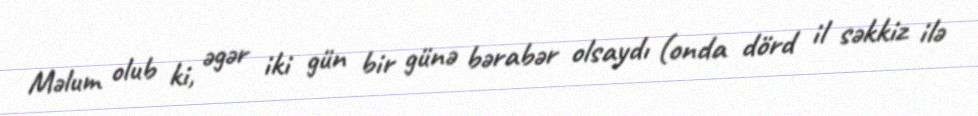
Məlum olub ki, əgər iki gün bir günə bərabər olsaydı (onda dörd il səkkiz ilə